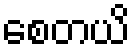
စေတယိ